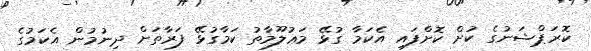
ކޮރަޕްޝަނުގެ ކުށް ކޮށްފައި އެކަމާ ގުޅޭ މަޢުލޫމާތު ކަމާގުޅޭ ފަރާތަށް ދިނުމުން އެކަމުގެ